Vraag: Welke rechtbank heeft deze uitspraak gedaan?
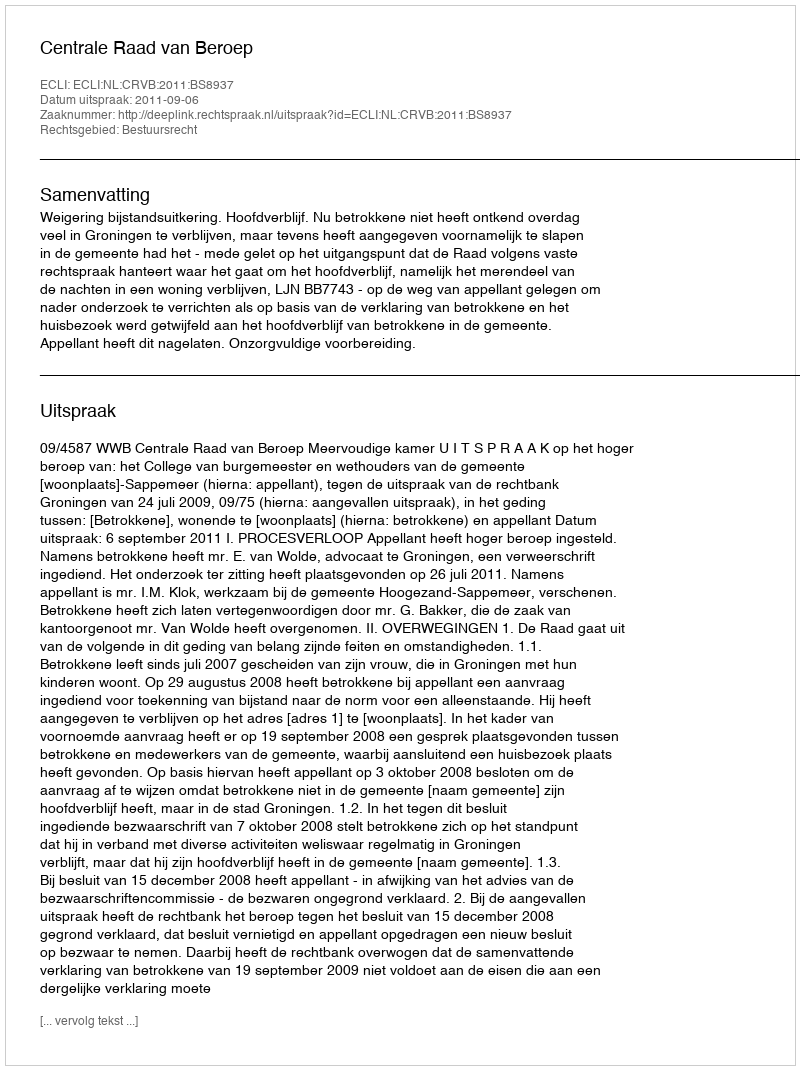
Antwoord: Centrale Raad van Beroep